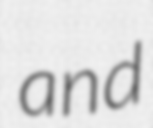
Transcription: and